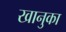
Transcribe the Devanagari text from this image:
खानुका